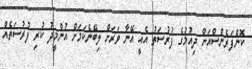
ކޮންފަރެންސްއަށް ދިއުމުގެ ފުރުސަތު އެއީ އޭނާ ވަރަށް ލިބޭނެކަމަށް އުންމީދު ކުރި ފުރުސަތެއް